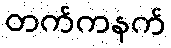
တက်ကနက်